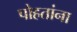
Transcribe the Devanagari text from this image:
पोहतांना